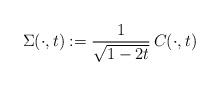
\begin{align*}\Sigma(\cdot, t):= \dfrac{1}{\sqrt{1-2t}} \,C(\cdot,t)\end{align*}